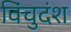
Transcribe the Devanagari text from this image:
विंचुदंश